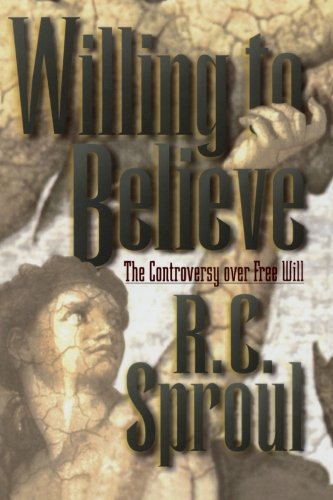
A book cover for Willing to Believe: The Controversy over Free Will; R. C. Sproul; Politics & Social Sciences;